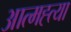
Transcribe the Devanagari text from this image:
आत्‍मह्त्‍या